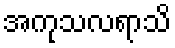
အကုသလရာသိ